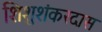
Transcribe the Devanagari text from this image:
शिशुशंकरदास